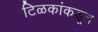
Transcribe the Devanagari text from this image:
टिळकांकडून